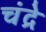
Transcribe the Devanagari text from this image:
चंद्रे